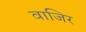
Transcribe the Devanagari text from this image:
वाजिर